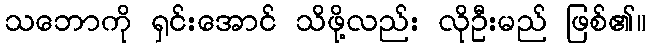
သဘောကို ရှင်းအောင် သိဖို့လည်း လိုဦးမည် ဖြစ်၏။